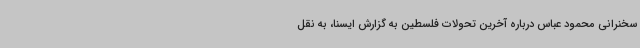
سخنرانی محمود عباس درباره آخرین تحولات فلسطین به گزارش ایسنا، به نقل